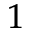
^ 1